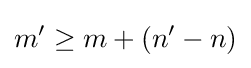
m'\geq m+(n'-n)